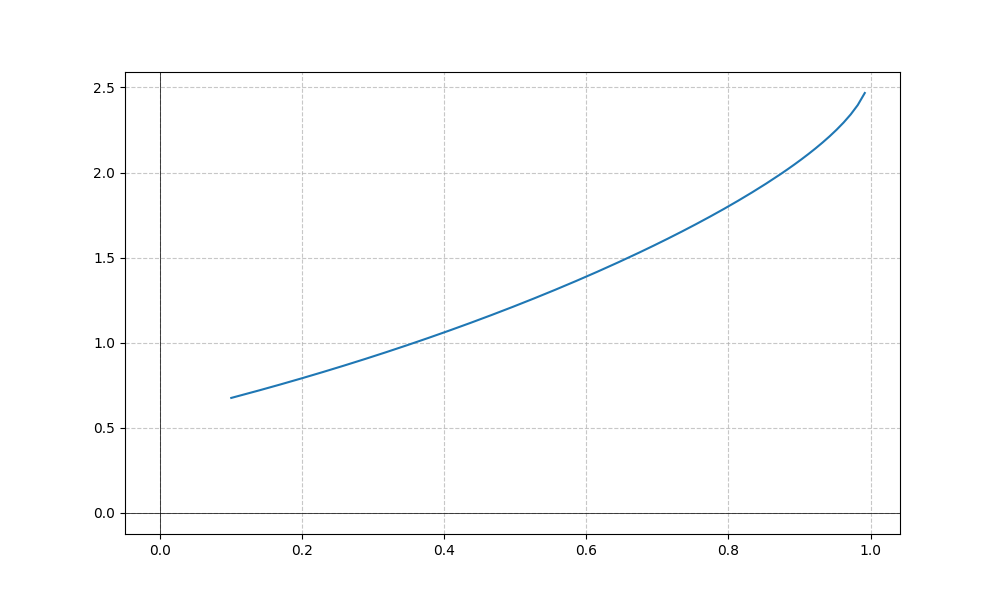
LaTeX formula: - \cos{\left(x \right)} + \operatorname{acos}{\left(- x \right)}